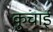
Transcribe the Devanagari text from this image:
कुचार्इ